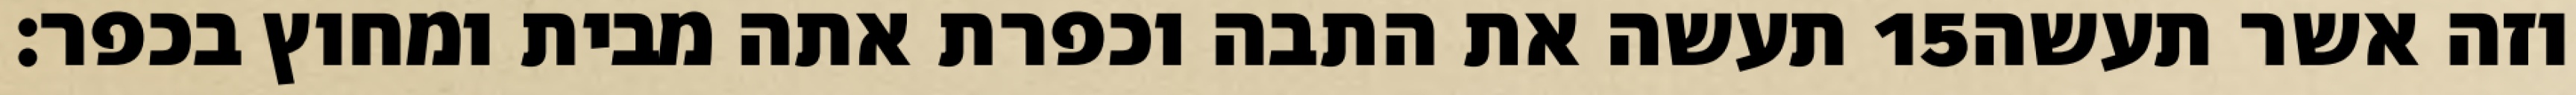
תעשה את התבה וכפרת אתה מבית ומחוץ בכפר׃ ‎15‏ וזה אשר תעשה